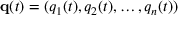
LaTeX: \mathbf { q } ( t ) = ( q _ { 1 } ( t ) , q _ { 2 } ( t ) , \ldots , q _ { n } ( t ) )